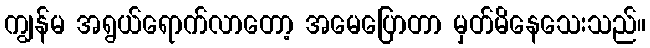
ကျွန်မ အရွယ်ရောက်လာတော့ အမေပြောတာ မှတ်မိနေသေးသည်။